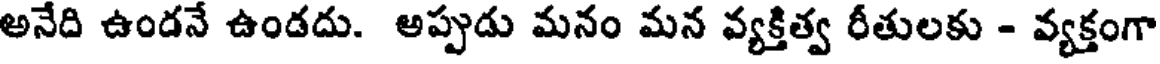
అనేది ఉండనే ఉండదు. అప్పుడు మనం మన వ్యక్తిత్వ రీతులకు - వ్యక్తంగా